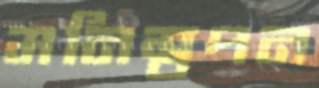
মনিস্বপন